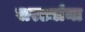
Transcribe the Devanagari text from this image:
सरड्यांना